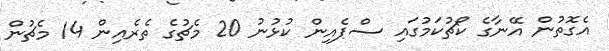
އެގޮތުން އޭނާގެ ކޯޗުކަމުގައި ސްޕެއިން ކުޅުނު 20 މެޗުގެ ތެރެއިން 14 މެޗުން